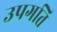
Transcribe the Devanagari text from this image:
उपगति